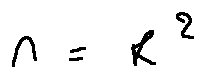
n = k ^ { 2 }